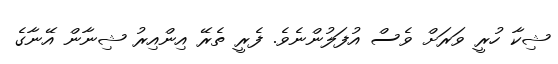
ޝިކާ ހުރީ ވަރަށް ވެސް އުފަލުންނެވެ. ފެރީ ތެރޭ އިންއިރު ޝިނާން އޭނާގެ